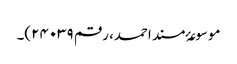
موسوعۂ مسند احمد، رقم ۲۴۰۳۹)۔